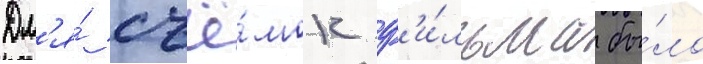
Дл'я́ съё́мок ф'и́льма бы́ло